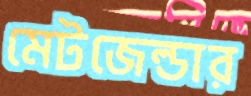
মেটজেল্ডার